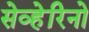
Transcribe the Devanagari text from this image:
सेव्हेरिनो